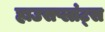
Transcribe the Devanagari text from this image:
हाउसप्लांट्स